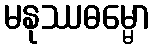
မနုဿဓမ္မော